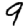
Digit: 9